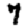
Digit: 7